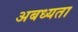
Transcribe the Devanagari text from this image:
अबध्यता